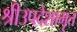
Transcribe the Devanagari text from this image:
श्रीउपदेशामृत